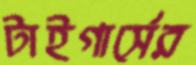
টাইগার্সের